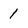
Character: 1